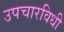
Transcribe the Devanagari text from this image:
उपचारविधी